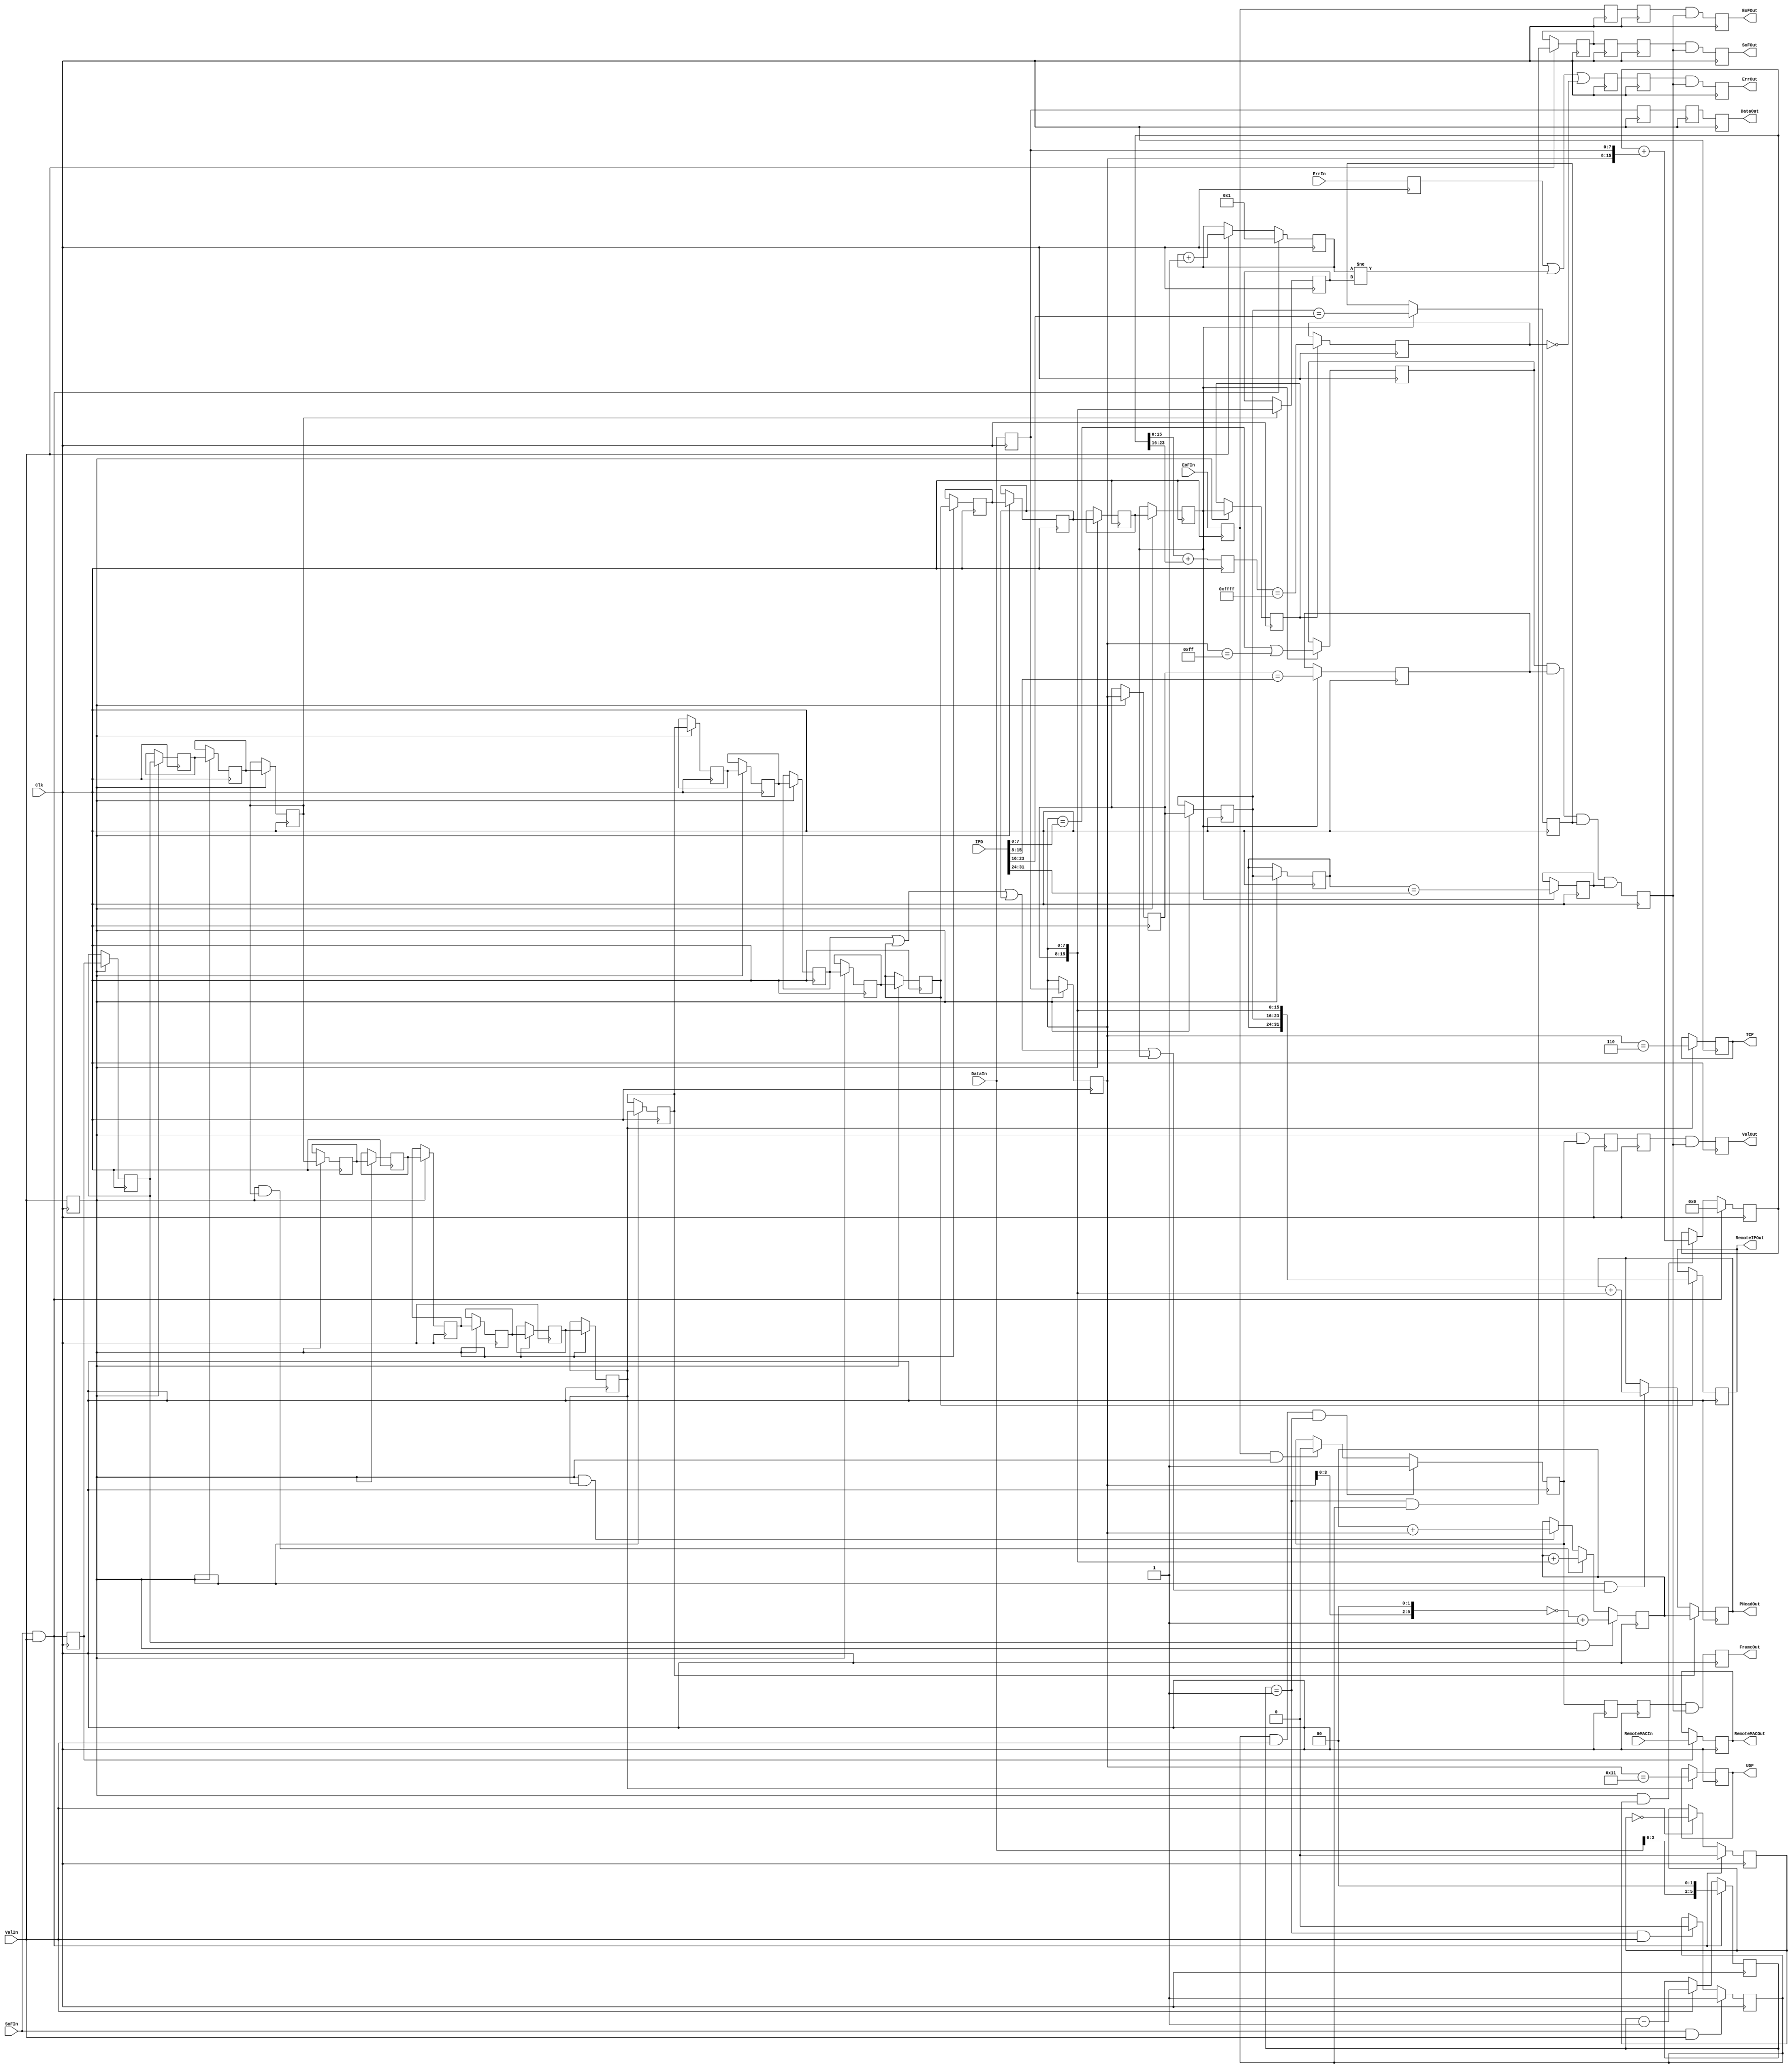
module FrameL3
(
	input	Clk,
	input	SoFIn,
	input	EoFIn,
	input	ValIn,
	input	ErrIn,
	input	[7:0]DataIn,
	input	[31:0]IPD ,
	input	[47:0]RemoteMACIn ,

	output SoFOut,
	output EoFOut,
	output ValOut,
	output ErrOut,
	output reg FrameOut = 0,
	output [7:0]DataOut,
	output reg [47:0] RemoteMACOut = 0,
	output reg [31:0] RemoteIPOut = 0,
	output reg [23:0] PHeadOut = 0,
	output reg UDP = 0,
	output reg TCP = 0


);


reg [5:0]HeadCounter=1'b0;
reg [15:0]PackCounter=1'b0;
reg [15:0]FrameSize=1'b0;
//reg VersFlag=1'b0;

reg [7:0]DataReg = 0;
reg ValReg = 0;
reg EoFReg = 0;
reg ErrReg = 0;

reg HeaderState=1'b0;
reg PackState=1'b0;
reg WordCnt=1'b0;

reg [23:0] PHead0=1'b0;

reg IPValid0 = 0;
reg IPValid1 = 0;
reg IPValid2 = 0;
reg IPValid3 = 0;
reg IPValid = 0;


always @(posedge Clk)
begin
if (SoFIn&&ValIn) WordCnt<=1'b0;
	else if (ValIn) WordCnt<=!WordCnt;

//if (SoFIn&&ValIn) VersFlag<=(DataIn[7:4]==4'h4);

if (SoFIn&&ValIn) HeadCounter<=({DataIn[3:0],2'b00});
	else if (ValIn) HeadCounter<= HeadCounter-1'b1;

if (SoFIn&&ValIn) PackCounter<=1'b1;
	else if (ValIn) PackCounter<= PackCounter+1'b1;




DataReg<=DataIn;
ValReg <=ValIn;
EoFReg <=EoFIn;
ErrReg <=ErrIn;

if (SoFIn&ValIn)	HeaderState<=1'b1;
	else if ((HeadCounter==4'h1)&&ValIn) HeaderState<=1'b0;

if (HeaderState&&ValIn&&(HeadCounter==4'h1))	PackState<=1'b1;
	else if (EoFReg&&ValReg) PackState<=1'b0;



end

reg Sync = 0;
reg Sync0 = 0;
reg Sync1 = 0;
reg Sync2 = 0;
reg Sync3 = 0;
reg Sync4 = 0;
reg Sync5 = 0;
reg Sync6 = 0;
reg Sync7 = 0;
reg Sync8 = 0;
reg Sync9 = 0;
reg Sync10 = 0;
reg Sync11 = 0;
reg Sync12 = 0;
reg Sync13 = 0;
reg Sync14 = 0;
reg Sync15 = 0;
reg Sync16 = 0;
reg Sync17 = 0;
reg Sync18 = 0;
reg Sync19 = 0;
reg Sync20 = 0;

reg [7:0] DataReg0 = 0;
reg [7:0] DataReg1 = 0;
reg [7:0] DataReg2 = 0;
reg [7:0] DataReg3 = 0;
reg [7:0] DataReg4 = 0;
reg [7:0] DataReg5 = 0;
//reg [7:0] DataReg6;



reg [23:0]CheckCounter=1'b0;
reg [15:0] CheckSum=1'b0;
reg CheckSumFlag=1'b0;



always @(posedge Clk)
begin
if (SoFIn&&ValIn) CheckCounter<=1'b0;
	else if (ValReg&&WordCnt) CheckCounter<=CheckCounter+{DataReg0,DataReg};
CheckSum<=CheckCounter[15:0]+CheckCounter[23:16];

if (Sync20) CheckSumFlag<=(CheckSum[15:0]==16'hFFFF);

if (ValReg) DataReg0<=DataReg;
if (ValReg) DataReg1<=DataReg0;
if (ValReg) DataReg2<=DataReg1;
if (ValReg) DataReg3<=DataReg2;
if (ValReg) DataReg4<=DataReg3;
if (ValReg) DataReg5<=DataReg4;
//if (ValReg) DataReg6<=DataReg5;

Sync<=SoFIn&&ValIn;

if (Sync) RemoteMACOut<=RemoteMACIn;

if (ValReg) Sync0<=Sync ;
if (ValReg) Sync1<=Sync0;
if (ValReg) Sync2<=Sync1;
if (ValReg) Sync3<=Sync2;
if (ValReg) Sync4<=Sync3;
if (ValReg) Sync5<=Sync4;
if (ValReg) Sync6<=Sync5;
if (ValReg) Sync7<=Sync6;
if (ValReg) Sync8<=Sync7;
if (ValReg) Sync9<=Sync8;
if (ValReg) Sync10<=Sync9;
if (ValReg) Sync11<=Sync10;
if (ValReg) Sync12<=Sync11;
if (ValReg) Sync13<=Sync12;
if (ValReg) Sync14<=Sync13;
if (ValReg) Sync15<=Sync14;

if (ValReg) Sync16<=Sync15;
if (ValReg) Sync17<=Sync16;
if (ValReg) Sync18<=Sync17;
if (ValReg) Sync19<=Sync18;
if (ValReg) Sync20<=Sync19;


if (Sync0&&ValReg) PHead0<=((~{18'h0,DataReg0[3:0],2'b00})+1'b1);
	else if (ValReg&&Sync3) PHead0<=PHead0+{DataReg1,DataReg0};
			else if (ValReg&&Sync9) PHead0<=PHead0+{16'h0,DataReg0};


if (Sync10) PHeadOut <= PHead0;
	 else if (ValReg&&(Sync13||Sync15||Sync17||Sync19))  PHeadOut <= PHeadOut + {DataReg1,DataReg0};




if (Sync3) FrameSize <= {DataReg1,DataReg0};


if (Sync15) RemoteIPOut<= {DataReg3,DataReg2,DataReg1,DataReg0};




if (Sync19) IPValid0<=(DataReg0==IPD[ 7: 0])||(DataReg0==8'hFF);
if (Sync19) IPValid1<=(DataReg1==IPD[15: 8]);
if (Sync19) IPValid2<=(DataReg2==IPD[23:16]);
if (Sync19) IPValid3<=(DataReg3==IPD[31:24]);

IPValid<=IPValid0&&IPValid1&&IPValid2&&IPValid3;

if (Sync9) UDP<= {DataReg0==8'd17};
if (Sync9) TCP<= {DataReg0==8'd6};


end


reg [7:0]DataRegD0 = 0;
reg ValRegD0 = 0;
reg EoFRegD0 = 0;
reg ErrRegD0 = 0;
reg SoFRegD0 = 0;
reg PackStateD0 = 0;

reg [7:0]DataRegD1 = 0;
reg ValRegD1 = 0;
reg EoFRegD1 = 0;
reg ErrRegD1 = 0;
reg SoFRegD1 = 0;
reg PackStateD1 = 0;




reg SoFOutReg = 0;
reg EoFOutReg = 0;
reg ValOutReg = 0;
reg ErrOutReg = 0;
reg [7:0]DataOutReg = 0;
reg SoFPulse = 0;

always @(posedge Clk)
begin
//if (ValIn) SoFPulse<= ((HeadCounter==1'b1)&&HeaderState);
//
//SoFOutReg <= SoFPulse&&IPValid;
//ValOutReg <= ValReg&&PackState&&IPValid;
//DataOutReg<= DataReg&&IPValid;
//EoFOutReg <= EoFReg&&IPValid;
//ErrOutReg <= ErrReg||(PackCounter!=FrameSize)||(!CheckSumFlag)&&IPValid;
//FrameOut  <= PackState&&IPValid;


if (ValIn) SoFPulse<= ((HeadCounter==1'b1)&&HeaderState);

SoFRegD0 <= SoFPulse;
ValRegD0 <= ValReg&&PackState;
DataRegD0<= DataReg;
EoFRegD0 <= EoFReg;
ErrRegD0 <= ErrReg||(PackCounter!=FrameSize)||(!CheckSumFlag);
PackStateD0  <= PackState;

SoFRegD1 <=SoFRegD0;
DataRegD1<=DataRegD0;
ValRegD1 <=ValRegD0;
EoFRegD1 <=EoFRegD0;
ErrRegD1 <=ErrRegD0;
PackStateD1 <=PackStateD0;

SoFOutReg <= SoFRegD1&&IPValid;
ValOutReg <= ValRegD1&&IPValid;
DataOutReg<= DataRegD1;
EoFOutReg <= EoFRegD1&&IPValid;
ErrOutReg <= ErrRegD1&&IPValid;
FrameOut  <= PackStateD1&&IPValid;



end

assign DataOut= DataOutReg;
assign ValOut = ValOutReg;
assign EoFOut = EoFOutReg;
assign SoFOut = SoFOutReg;
assign ErrOut = ErrOutReg;

endmodule